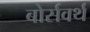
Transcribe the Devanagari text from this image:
बोर्सवर्थ